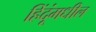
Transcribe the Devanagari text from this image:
हिंदूंमधील